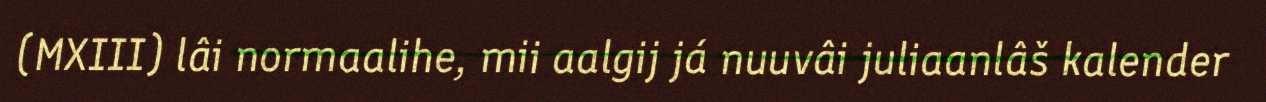
(MXIII) lâi normaalihe, mii aalgij já nuuvâi juliaanlâš kalender